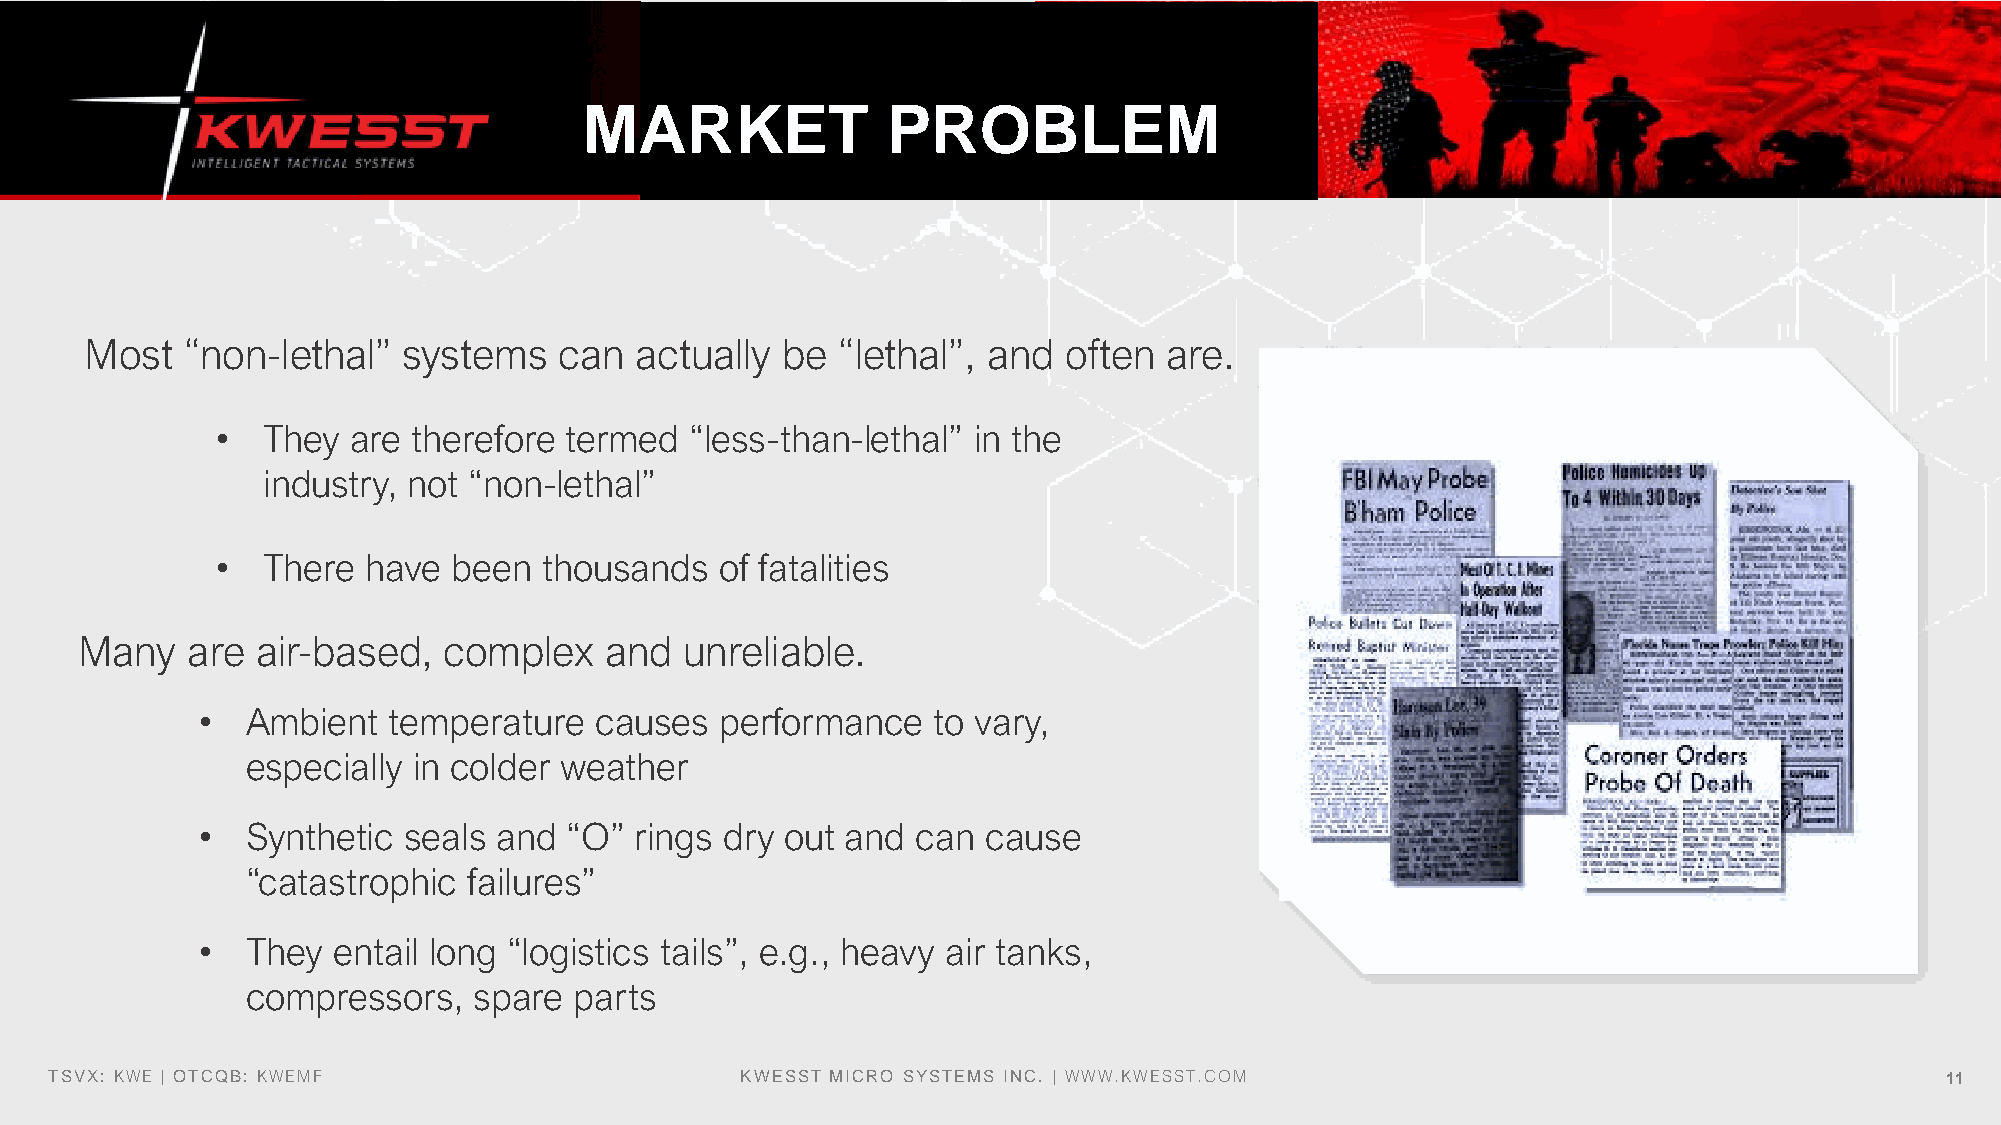
MARKET              PROBLEM
 Most  “non-lethal”   systems   can  actually  be “lethal”, and   often are.
 •  They  are therefore termed   “less-than-lethal” in the
 industry, not “non-lethal”
 •  There  have  been  thousands   of fatalities
 Many   are  air-based,  complex    and  unreliable.
 •  Ambient   temperature  causes   performance   to vary,
 especially in colder weather
 •  Synthetic  seals and  “O” rings dry out and  can cause
 “catastrophic  failures”
 •  They  entail long “logistics tails”, e.g., heavy air tanks,
 compressors,   spare  parts
 TSVX: KWE | OTCQB: KWEMF                      KWESST MICRO SYSTEMS INC. | WWW.KWESST.COM                                      11